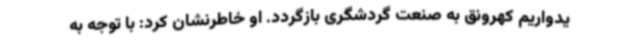
یدواریم کهرونق به صنعت گردشگری بازگردد. او خاطرنشان کرد: با توجه به